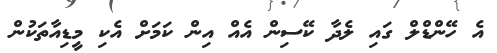
އެ ހޭންޑްލް ގައި ލެދާ ކޭސިން އެއް އިން ކަމަށް އެކި މީޑިއާތަކުން